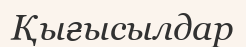
Қығысылдар